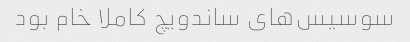
سوسیس‌های ساندویچ کاملا خام بود